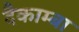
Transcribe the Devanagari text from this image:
दैकाम्बा